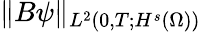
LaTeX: \lVert B\psi\rVert_{L^{2}(0,T;H^{s}(\Omega))}